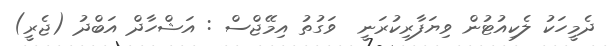
ދެމީހަކު ލެކިއުޓުން ވިޔަފާރިކުރަނީ  ވަގުތު އިމޭޖްސް : އަޝްހާދް އަބްދު (ޖެރީ)